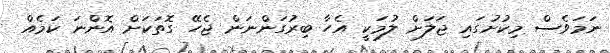
ނަމަވެސް މިކުށުގައި ޖަލަށް ލުމަކީ އެހާ ބިރުގަންނަން ޖެހޭ ގޮތަކަށް އޮންނަ ކަމެއް